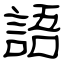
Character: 語